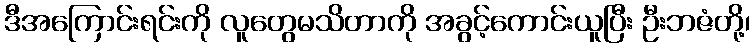
ဒီအကြောင်းရင်းကို လူတွေမသိတာကို အခွင့်ကောင်းယူပြီး ဦးဘဇံတို့၊